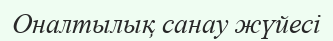
Оналтылық санау жүйесi